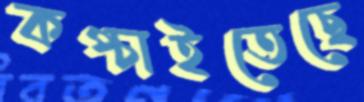
কপ্‌চাইতেছে